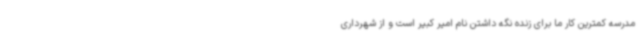
مدرسه کمترین کار ما برای زنده نگه داشتن نام امیر کبیر است و از شهرداری